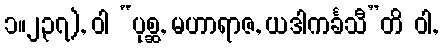
၁။၂၃၇), ဝါ “ပုစ္ဆ, မဟာရာဇ, ယဒါကင်္ခသီ”တိ ဝါ,